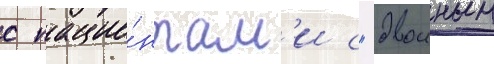
с пацие́нтам'и с "двоиным